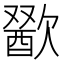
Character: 𣤕